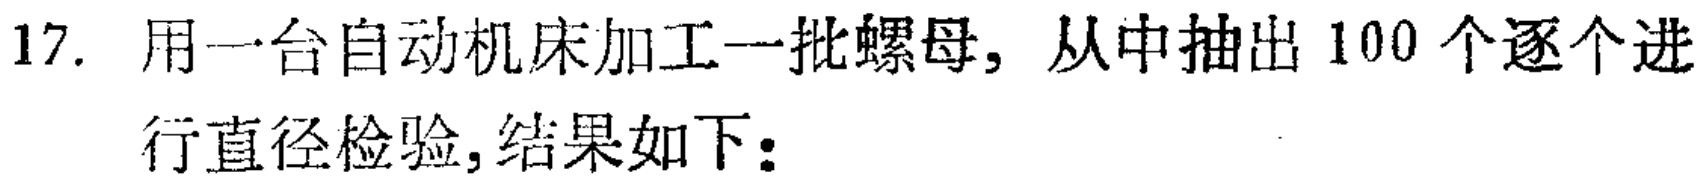
17. 用一台自动机床加工一批螺母，从中抽出 100 个逐个进
行直径检验，结果如下：